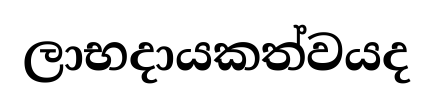
ලාභදායකත්වයද